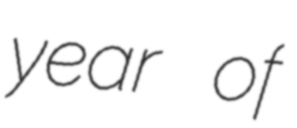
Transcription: year of